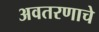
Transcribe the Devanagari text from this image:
अवतरणाचे